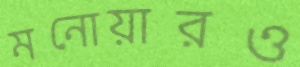
মনোয়ারও